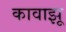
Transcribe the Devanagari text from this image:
कावाझू